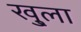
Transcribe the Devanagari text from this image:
खु्ला